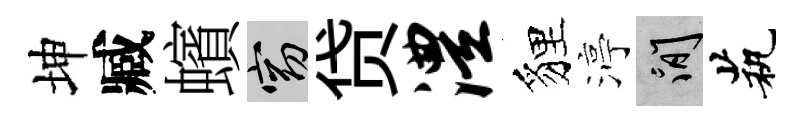
坤臧蠙窈贷澧貍渟閑茕